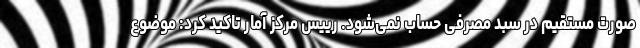
صورت مستقیم در سبد مصرفی حساب نمی‌شود. رییس مرکز آمار تاکید کرد: موضوع